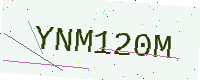
Text: YNM120M